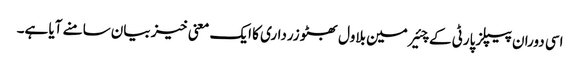
اسی دوران پیپلز پارٹی کے چئیرمین بلاول بھٹو زرداری کا ایک معنی خیز بیان سامنے آیا ہے۔